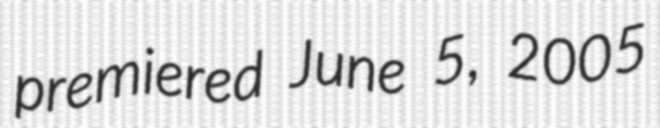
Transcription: premiered June 5, 2005